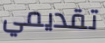
تقديمي